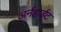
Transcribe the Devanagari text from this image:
अर्नहार्डट